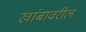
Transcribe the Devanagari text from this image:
खांबावरील